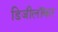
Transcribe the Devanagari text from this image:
डिजीलॉकर